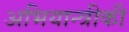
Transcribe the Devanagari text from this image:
अभियान्त्रीकी